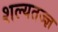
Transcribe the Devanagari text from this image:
शल्यतज्‍ज्ञ